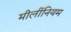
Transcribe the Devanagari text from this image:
मीलींनियम